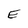
Character: E